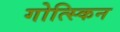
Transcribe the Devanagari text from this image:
गोत्स्किन